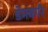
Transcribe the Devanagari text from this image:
डेमबर्गर